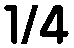
1/4